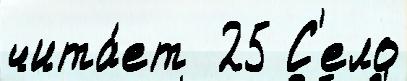
чита́ет  25 С'ело